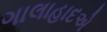
ગાલાહાદએ